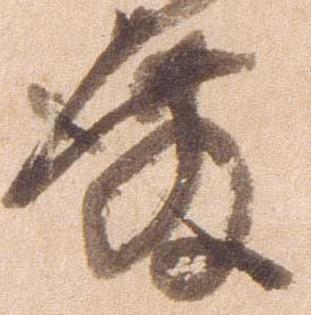
殿